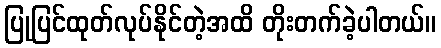
ပြုပြင်ထုတ်လုပ်နိုင်တဲ့အထိ တိုးတက်ခဲ့ပါတယ်။